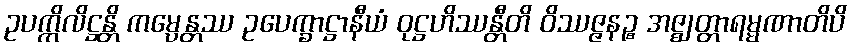
ဥပက္ကိလိဋ္ဌန္တိ ကမ္ပေန္တဿ ဥပေက္ခာဋ္ဌာနီယံ ဝုဋ္ဌဟိဿန္တီတိ ဝိဿဇ္ဇနဉ္စ အဇ္ဈတ္တာရမ္မဏာတိပိ